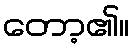
တော့၏။